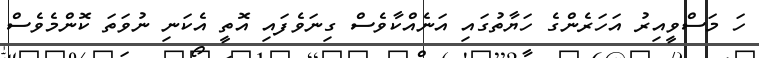
ހަ މަސްވީއިރު އަހަރެންގެ ހަޔާތުގައި އަނެއްކާވެސް ގިނަވެފައި އޮތީ އެކަނި ނުވަތަ ކޮންމެވެސް